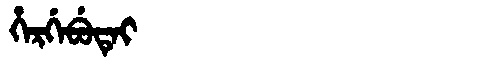
Manchu: ᡥᡝᡵᡤᡝᠪᡠᡨᡝᡳ
Romanization: HERGEBUTEI